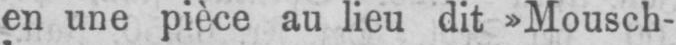
en une pièce au lieu dit »Mousch-